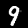
Label: 9